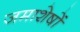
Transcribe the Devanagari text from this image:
जमाशेषों